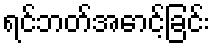
ရင်ဘတ်အောင့်ခြင်း